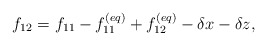
\begin{align*}{f_{12}} = {f_{11}} - f_{11}^{\left( {eq} \right)} + f_{12}^{\left( {eq} \right)} - \delta x - \delta z,\end{align*}